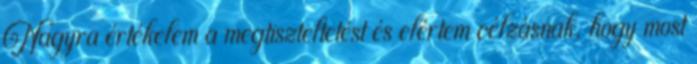
Nagyra értékelem a megtiszteltetést és elértem célzásnak, hogy most